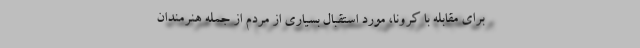
برای مقابله با کرونا، مورد استقبال بسیاری از مردم از جمله هنرمندان